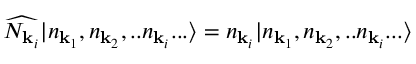
{ \widehat { N _ { { \mathbf { k } } _ { i } } } } | n _ { { \mathbf { k } } _ { 1 } } , n _ { { \mathbf { k } } _ { 2 } } , . . n _ { { \mathbf { k } } _ { i } } . . . \rangle = n _ { { \mathbf { k } } _ { i } } | n _ { { \mathbf { k } } _ { 1 } } , n _ { { \mathbf { k } } _ { 2 } } , . . n _ { { \mathbf { k } } _ { i } } . . . \rangle